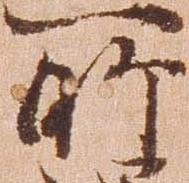
所